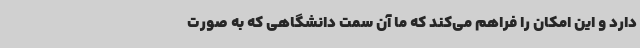
دارد و این امکان را فراهم می‌کند که ما آن سمت دانشگاهی که به صورت